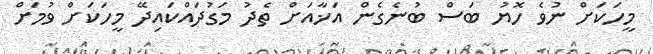
މީހަކަށް ނުވެ ހޮޔު ބަސް ބުނެގެން އަޚާއަށް ތެދު މަގުދައްކައިދޭ މީހަކަށް ވުމަށް